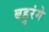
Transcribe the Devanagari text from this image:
बहुरंगे